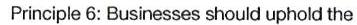
Principle 6: Businesses should uphold the